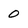
Character: 0